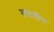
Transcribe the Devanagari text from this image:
सलवीन